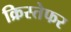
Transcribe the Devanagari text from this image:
क्रिस्तेफर